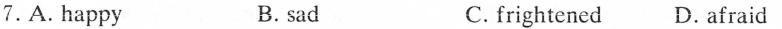
7.A.Happy B. sad C. frightened D.afraid